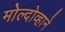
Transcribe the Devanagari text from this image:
मोल्दोव्हाने